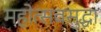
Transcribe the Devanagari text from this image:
महोत्सवसुद्धा